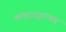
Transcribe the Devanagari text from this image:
क्तन्र्द्रददृद्यत्द्मथ्र्